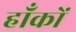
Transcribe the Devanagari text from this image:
हाँकों